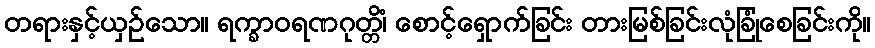
တရားနှင့်ယှဉ်သော။ ရက္ခာဝရဏဂုတ္တိံ၊ စောင့်ရှောက်ခြင်း တားမြစ်ခြင်းလုံခြုံစေခြင်းကို။